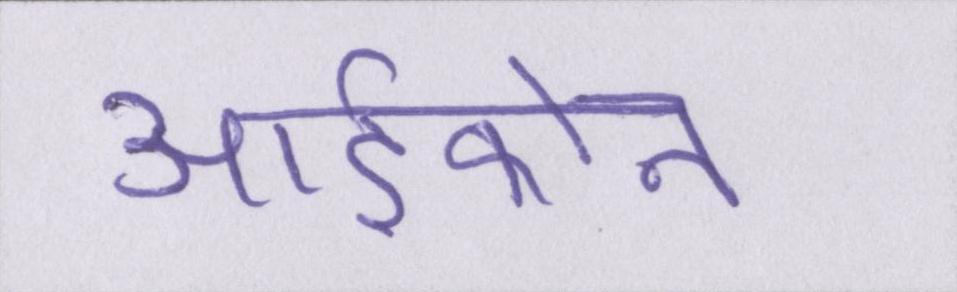
आईफोन